Vaccination in the Punjab 1897-1904 - 1897-1904
Year: 1897
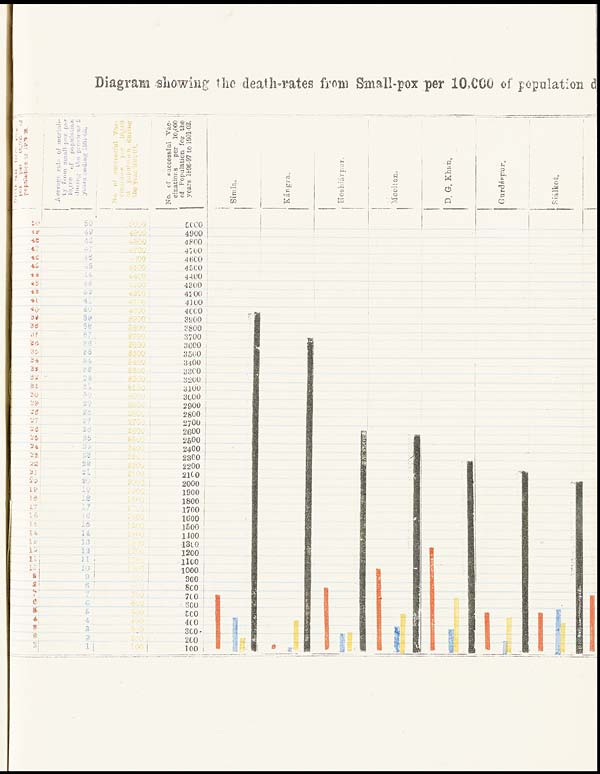
Diagram showing the death-rates from Small-pox per 10,0O0 of population of